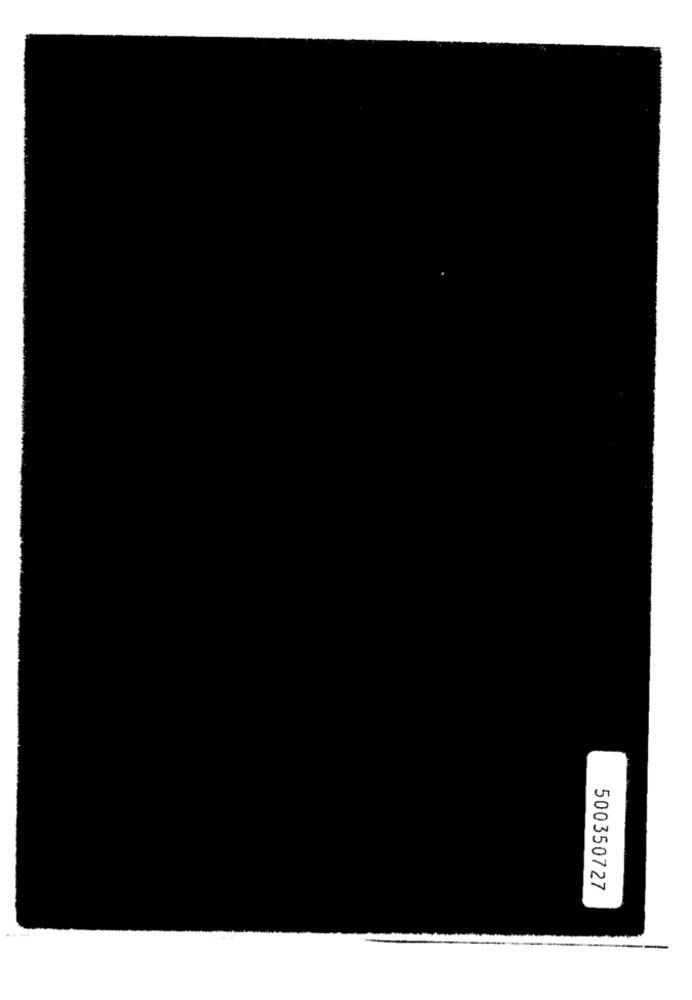
500350727